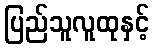
ပြည်သူလူထုနှင့်